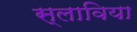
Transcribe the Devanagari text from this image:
स्लाविया